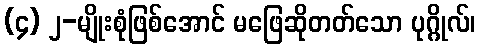
(၄) ၂-မျိုးစုံဖြစ်အောင် မဖြေဆိုတတ်သော ပုဂ္ဂိုလ်၊